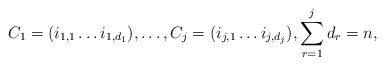
\begin{align*}C_1 = (i_{1,1} \dots i_{1, d_1} ), \dots, C_j = (i_{j,1} \dots i_{j, d_j}), \sum_{r=1}^j d_r = n,\end{align*}